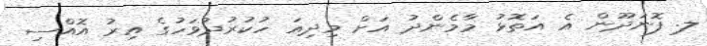
ލ. ފޮނަދޫން އެ އަތޮޅު މާމެންދު އަށް މިދިއަ ހުކުރުދުވަހުގެ އިރު އޮއްސި